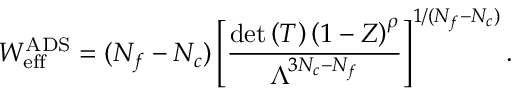
W _ { \mathrm { e f f } } ^ { \mathrm { A D S } } = ( N _ { f } - N _ { c } ) \left[ \frac { \mathrm { d e t } \left( T \right) \left( 1 - Z \right) ^ { \rho } } { \Lambda ^ { 3 N _ { c } - N _ { f } } } \right] ^ { 1 / ( N _ { f } - N _ { c } ) } .